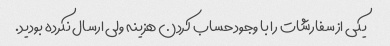
یکی از سفارشات را با وجود حساب کردن هزینه ولی ارسال نکرده بودید.